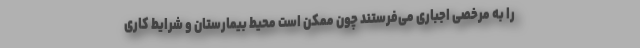
را به مرخصی اجباری می‌فرستند چون ممکن است محیط بیمارستان و شرایط کاری